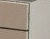
هناك